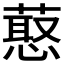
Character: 𰱶